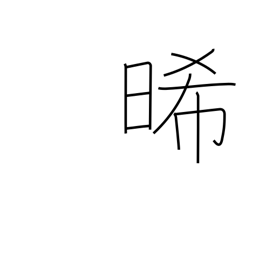
Meaning: dry out